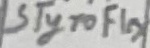
Text: STyroFlex